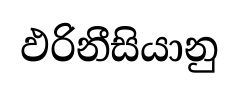
ඵරිනීසියානු